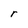
Character: r